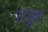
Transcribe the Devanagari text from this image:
१७जून